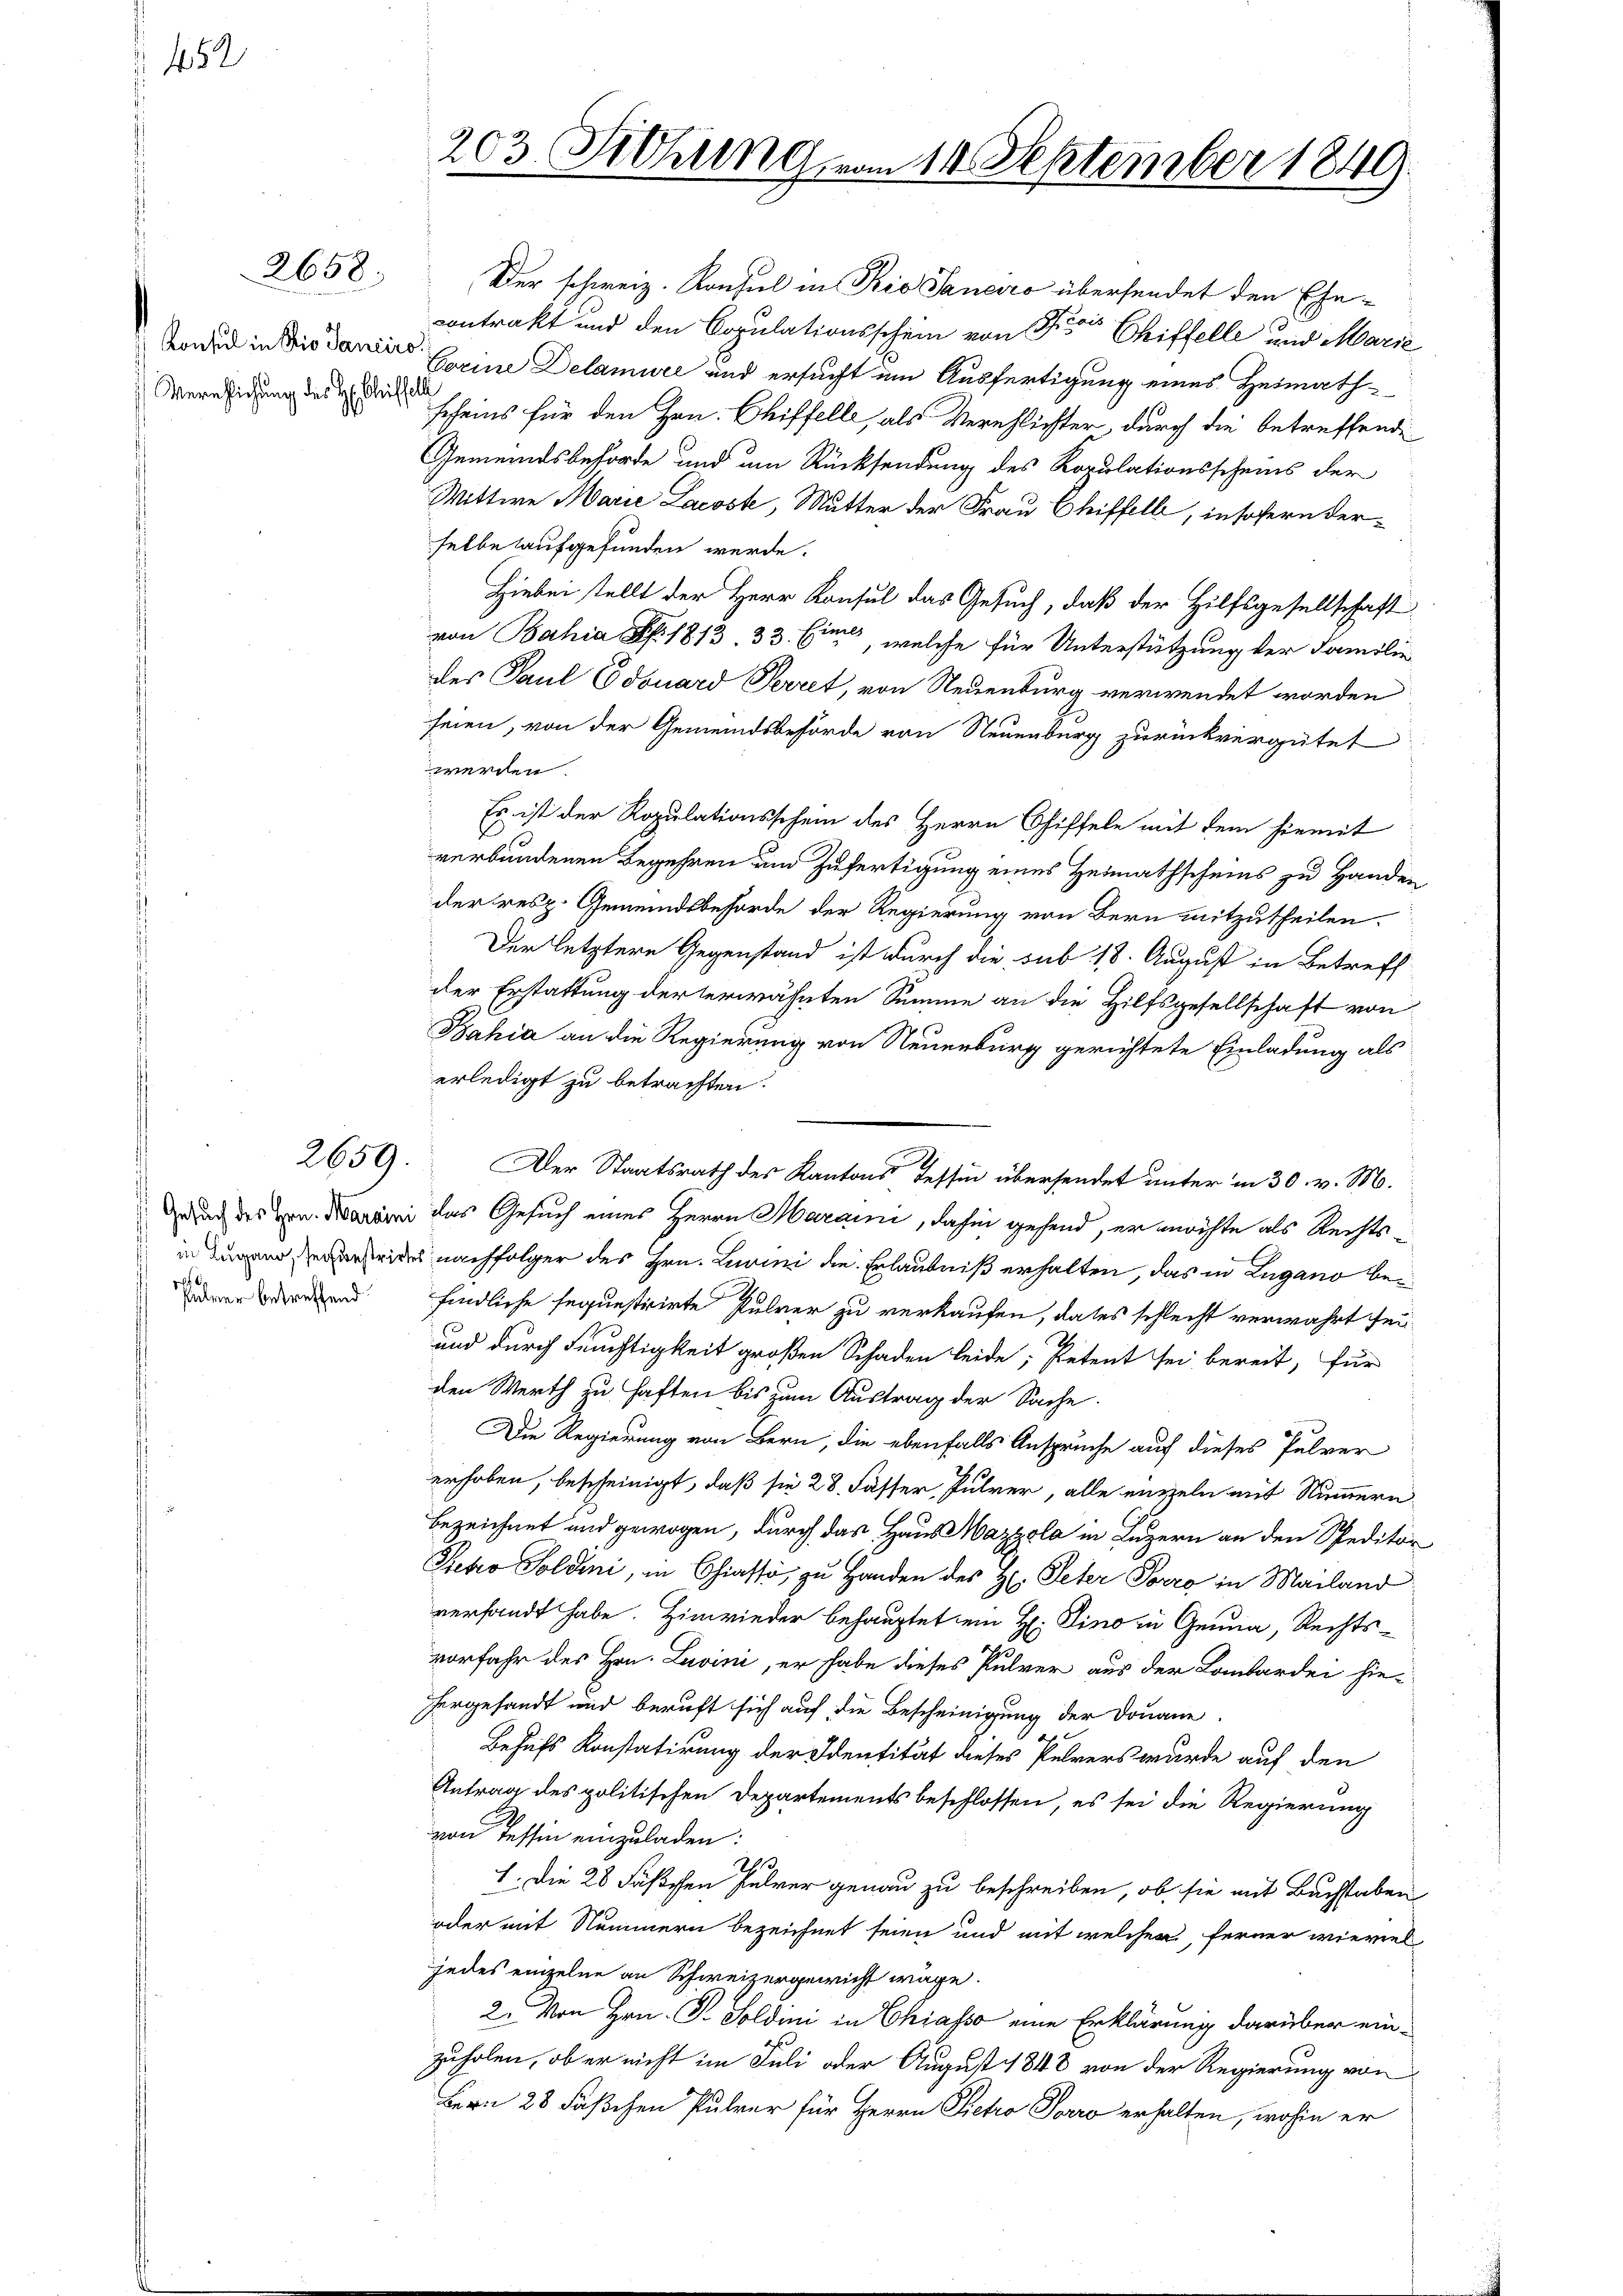
452

2658.

Konsul in Bio Sanciro.
Verpflichung des H. Christelle

Der schweiz. Konsul in Rio Sanciro übersendet den Ehecontrakt und den Copulationsschein von Fr Chiffelle und Marie
Corine Delamwei und ersucht ein Ausfertigung eines Heimathsefeins für den Hrn. Chiffelle, als Verehlichter, durch die betreffende
Gemeindsbehörde und um Rücksendung des Kopulationsscheins der
Wittwe Marie Lacost, Mutter der Frau Chiffell, insofern derselbe aufgefunden werde.
Hiebei stellt der Herr Konsul das Gesuch, daß der Hilfsgesellschaft
von Bahia S. 1813 33. Eine, welche für Unterstützung der Familie
des Paul Edouard Perret, von Neuenburg verwendet worden
seien, von der Gemeindsbehörde von Neuenburg zurückvergütet
werden.
Es ist der Ropulationsschein des Herrn Chiffele mit dem hiemit
verbundenen Begehren und Zufertigung eines Heimathscheins zu Handen
der resp. Gemeindsbehörde der Regierung von Bern mitzutheilen.
Der letztere Gegenstand ist durch die sub 18. August in Betreff
der Erstattung der erwähnten Summe an die Hilfsgesellschaft von
Bahia an die Regierung von Neuenburg gerichtete Einladung als
erledigt zu betrachten.
2659. Der Staatsrath des Kantons Tessin übersendet unter in 30. v. M.
dnach des Hrn. Martini das Gesuch eines Herrn Maraini, dafür gehend, er möchte als Rechtsinen eines nachfolger des Hrn. Livini die Erlaubniß erhalten, das in Lugano befindliche sequesticirte Pulver zu verkaufen, dates schlecht verwahrt sei
und durch Feuchtigkeit großen Schaden leide, Petent sei bereit, für
den Werth zu haften bis zum Austrag der Sache.
Die Regierung von Bern, die ebenfalls Ansprüche auf dieses Pulver
erhoben, bescheinigt, daß sie 28. Fässer Pulver, alle entzeln mit Nummern
bezeichnet und gewogen, durch das Haus Mazzola in Luzern an den Speditor
Siebes Soldini, in Chiasso, zu Handen des H. Peter Porro in Mailand
verfandt habe. Hinwieder behauptet ein H: Sino in Genua, Rechts-
vorfahr des Hrn. Luvini, er habe dieses Pulver aus der Lombardei hie-
hergesandt und beruft sich auf die Bescheinigung der Douane.
Behufs Konstatirung der Identität dieses Pelrers wurde auf den
Antrag des politischen Departements beschlossen, es sei die Regierung
von Tessin einzuladen:
h
1. Die 28 Fäschen Jahrer genau zu beschreiben, ob sie mit Bachstaben
oder mit Nummern bezeichnet seien und mit welchen, ferner wieviel
jedes einzelne an Schweizergewicht wage.
2. Von Hrn. P. Soldini in Chiasso eine Erklärung darüber einzuholen, ob er nicht im Juli oder August 1848 von der Regierung von
Bern 28 Fäßchen Pulver für Herrn Pietro Porro erhalten, wohin er

Palmer betreffend

203. Siehung vom 14. September 1849